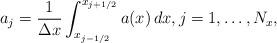
LaTeX: \begin{align*} a_j=\frac{1}{\Delta x}\int_{x_{j-1/2}}^{x_{j+1/2}} a(x)\, dx,j=1,\dots, N_x,\end{align*}